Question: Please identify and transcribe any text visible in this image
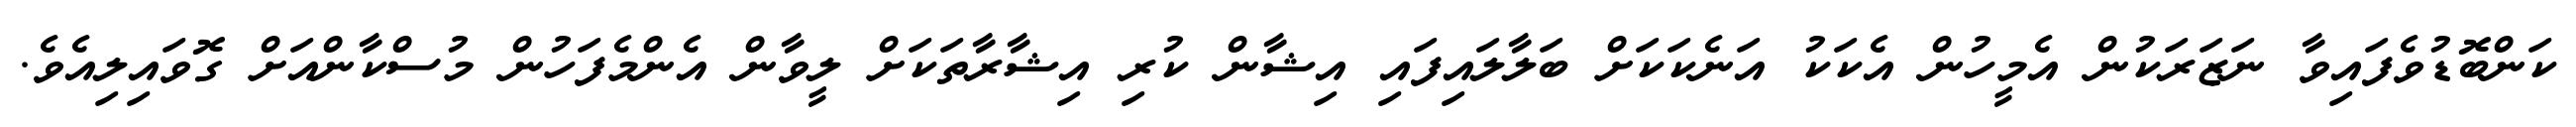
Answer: ކަންބޮޑުވެފައިވާ ނަޒަރަކުން އެމީހުން އެކަކު އަނެކަކަށް ބަލާލައިފައި އިޝާން ކުރި އިޝާރާތަކަށް ލީވާން އެންމެފަހުން މުސްކާންއަށް ގޮވައިލިއެވެ.